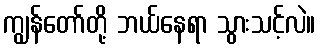
ကျွန်တော်တို့ ဘယ်နေရာ သွားသင့်လဲ။